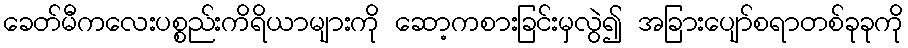
ခေတ်မီကလေးပစ္စည်းကိရိယာများကို ဆော့ကစားခြင်းမှလွဲ၍ အခြားပျော်စရာတစ်ခုခုကို